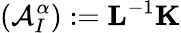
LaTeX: \left(\mathcal{A}_{I}^{\alpha}\right):=\mathbf{L}^{-1}\mathbf{K}